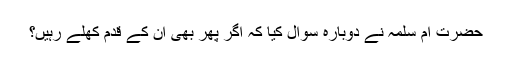
حضرت ام سلمہؓ نے دوبارہ سوال کیا کہ اگر پھر بھی ان کے قدم کھلے رہیں؟